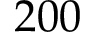
2 0 0